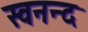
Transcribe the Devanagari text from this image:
स्वनन्द